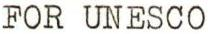
FOR UNESCO